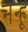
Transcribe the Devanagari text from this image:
नन्हू